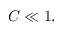
C \ll 1 ,